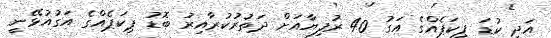
އަދި ކުޑަ ޕިކަޕެއްގެ އަގު 40 ރުފިޔާއަށް ދަތުރުކުރާއިރު ބޮޑު ޕިކަޕެއްގެ އަގުއުޅޭނީ